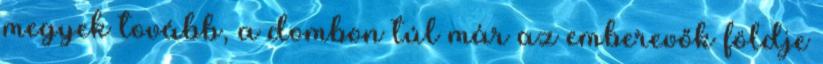
megyek tovább, a dombon túl már az emberevők földje